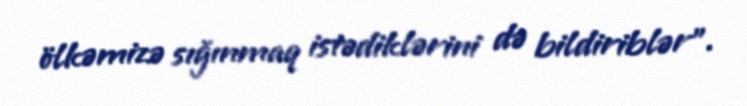
ölkəmizə sığınmaq istədiklərini də bildiriblər”.